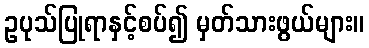
ဥပုသ်ပြုရာနှင့်စပ်၍ မှတ်သားဖွယ်များ။